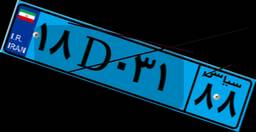
۱۸D۰۳۱۸۸